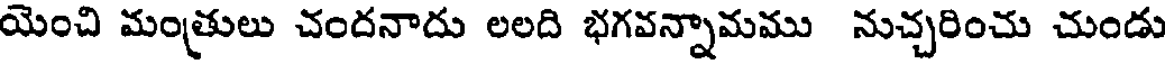
యెంచి మంత్రులు చందనాదు లలది భగవన్నామము నుచ్చరించు చుండు